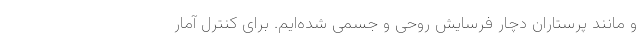
و مانند پرستاران دچار فرسایش روحی و جسمی شده‌ایم. برای کنترل آمار